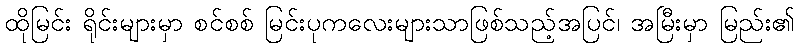
ထိုမြင်း ရိုင်းများမှာ စင်စစ် မြင်းပုကလေးများသာဖြစ်သည့်အပြင်၊ အမြီးမှာ မြည်း၏